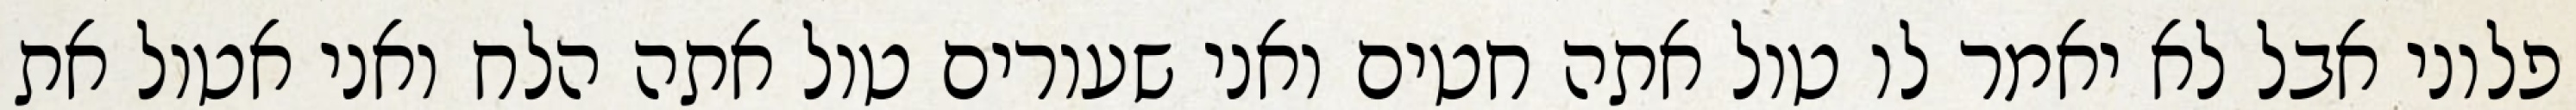
פלוני אבל לא יאמר לו טול אתה חטים ואני שעורים טול אתה הלח ואני אטול את